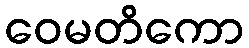
ဝေမတိကော